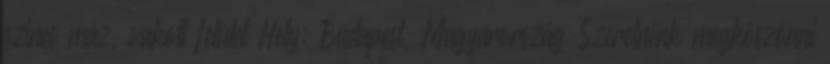
szines máz, vakolt felület Hely: Budapest, Magyarország Szeretnénk megköszönni